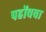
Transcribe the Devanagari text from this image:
पहोंचवा